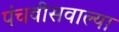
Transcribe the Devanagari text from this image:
पंचवीसवाल्या